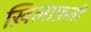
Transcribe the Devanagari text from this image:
ख़िलाफ़तों